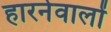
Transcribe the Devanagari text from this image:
हारनेवालों